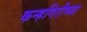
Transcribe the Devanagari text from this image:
कन्हगिरीच्या